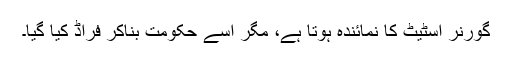
گورنر اسٹیٹ کا نمائندہ ہوتا ہے، مگر اسے حکومت بناکر فراڈ کیا گیا۔